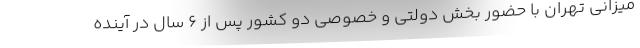
میزانی تهران با حضور بخش دولتی و خصوصی دو کشور پس از 6 سال در آینده